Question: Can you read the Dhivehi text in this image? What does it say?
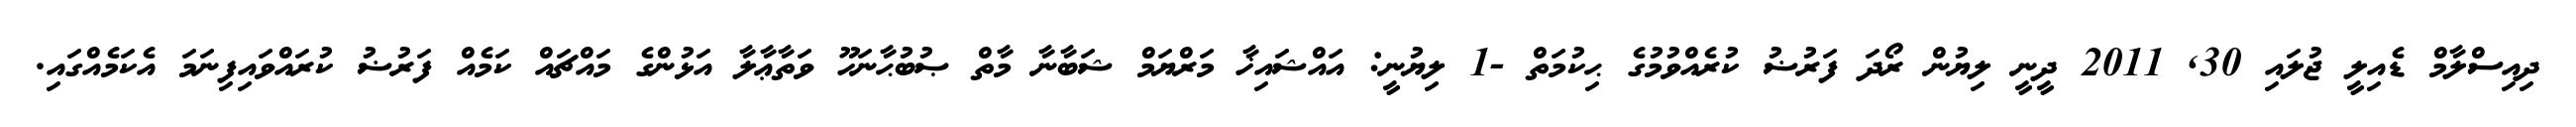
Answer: ދިއިސްލާމް ޑެއިލީ ޖުލައި 30, 2011 ދީނީ ލިޔުން ރޯދަ ފަރުޟު ކުރެއްވުމުގެ ޙިކުމަތް -1 ލިޔުނީ: އައްޝައިޚާ މަރްޔަމް ޝަބާނާ މާތް ޞުބުޙާނަހޫ ވަތާޢާލާ އަޅުންގެ މައްޗައް ކަމެއް ފަރުޟު ކުރައްވައިފިނަމަ އެކަމެއްގައި.